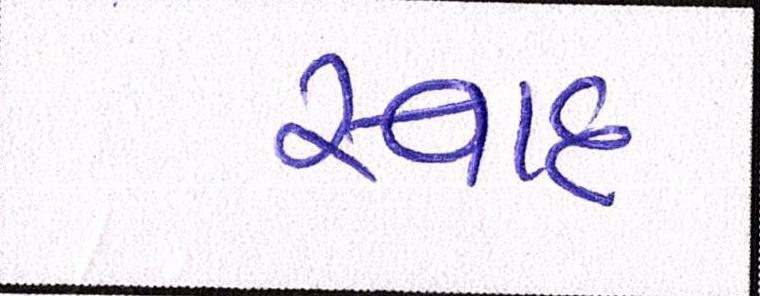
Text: સ્વાદ